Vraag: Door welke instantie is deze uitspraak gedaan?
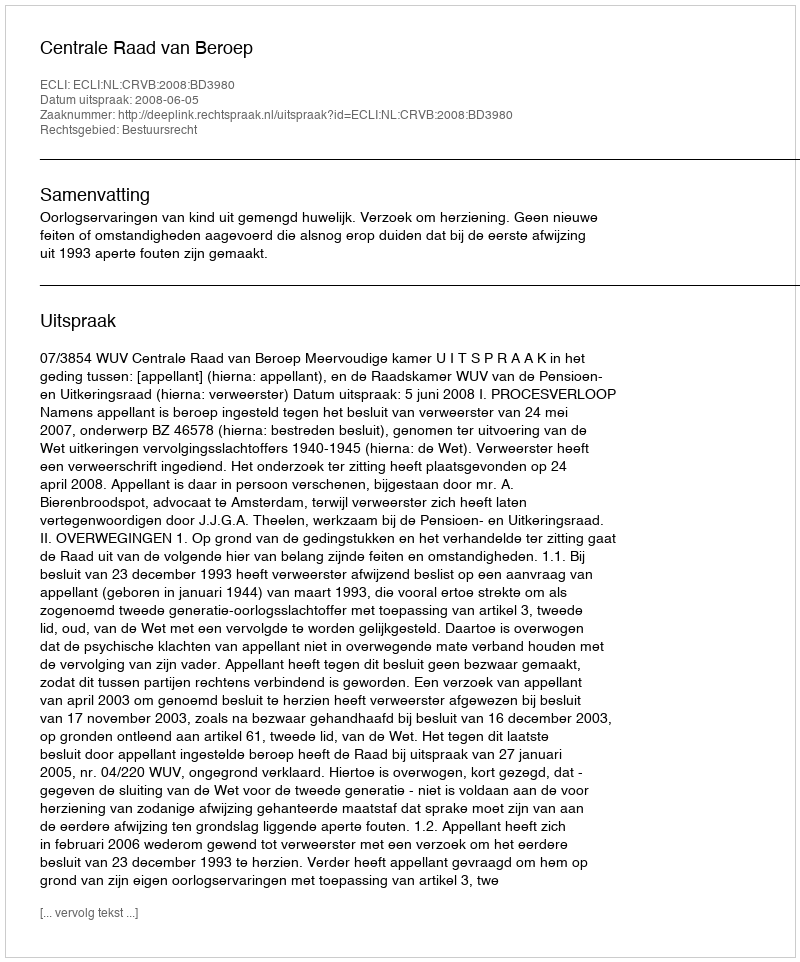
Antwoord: Centrale Raad van Beroep